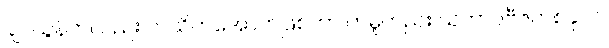
ချင်ယွန်ကလည်း ကသိကအောက်ဖြစ်ကာ တမူတည်း သဘာဝဗီဇတစ်ခုပင်